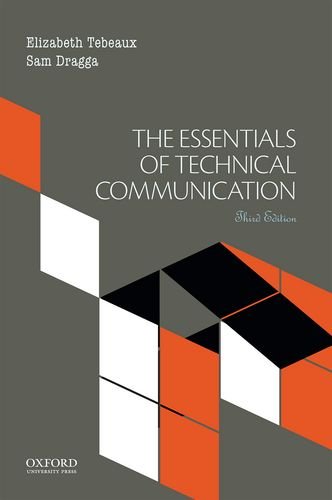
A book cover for The Essentials of Technical Communication; Elizabeth Tebeaux; Business & Money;